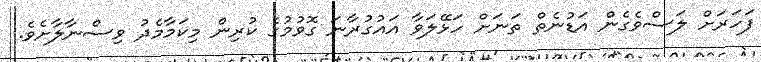
ފަހަރަށް ލަސްވެގެން އަޑުނެތް ތަނަށް ހަޅޭލަވާ އައުގުރާނަ ގޮވުމުގެ ކުރިން މިކަމާމެދު ވިސްނާލާށެވެ.